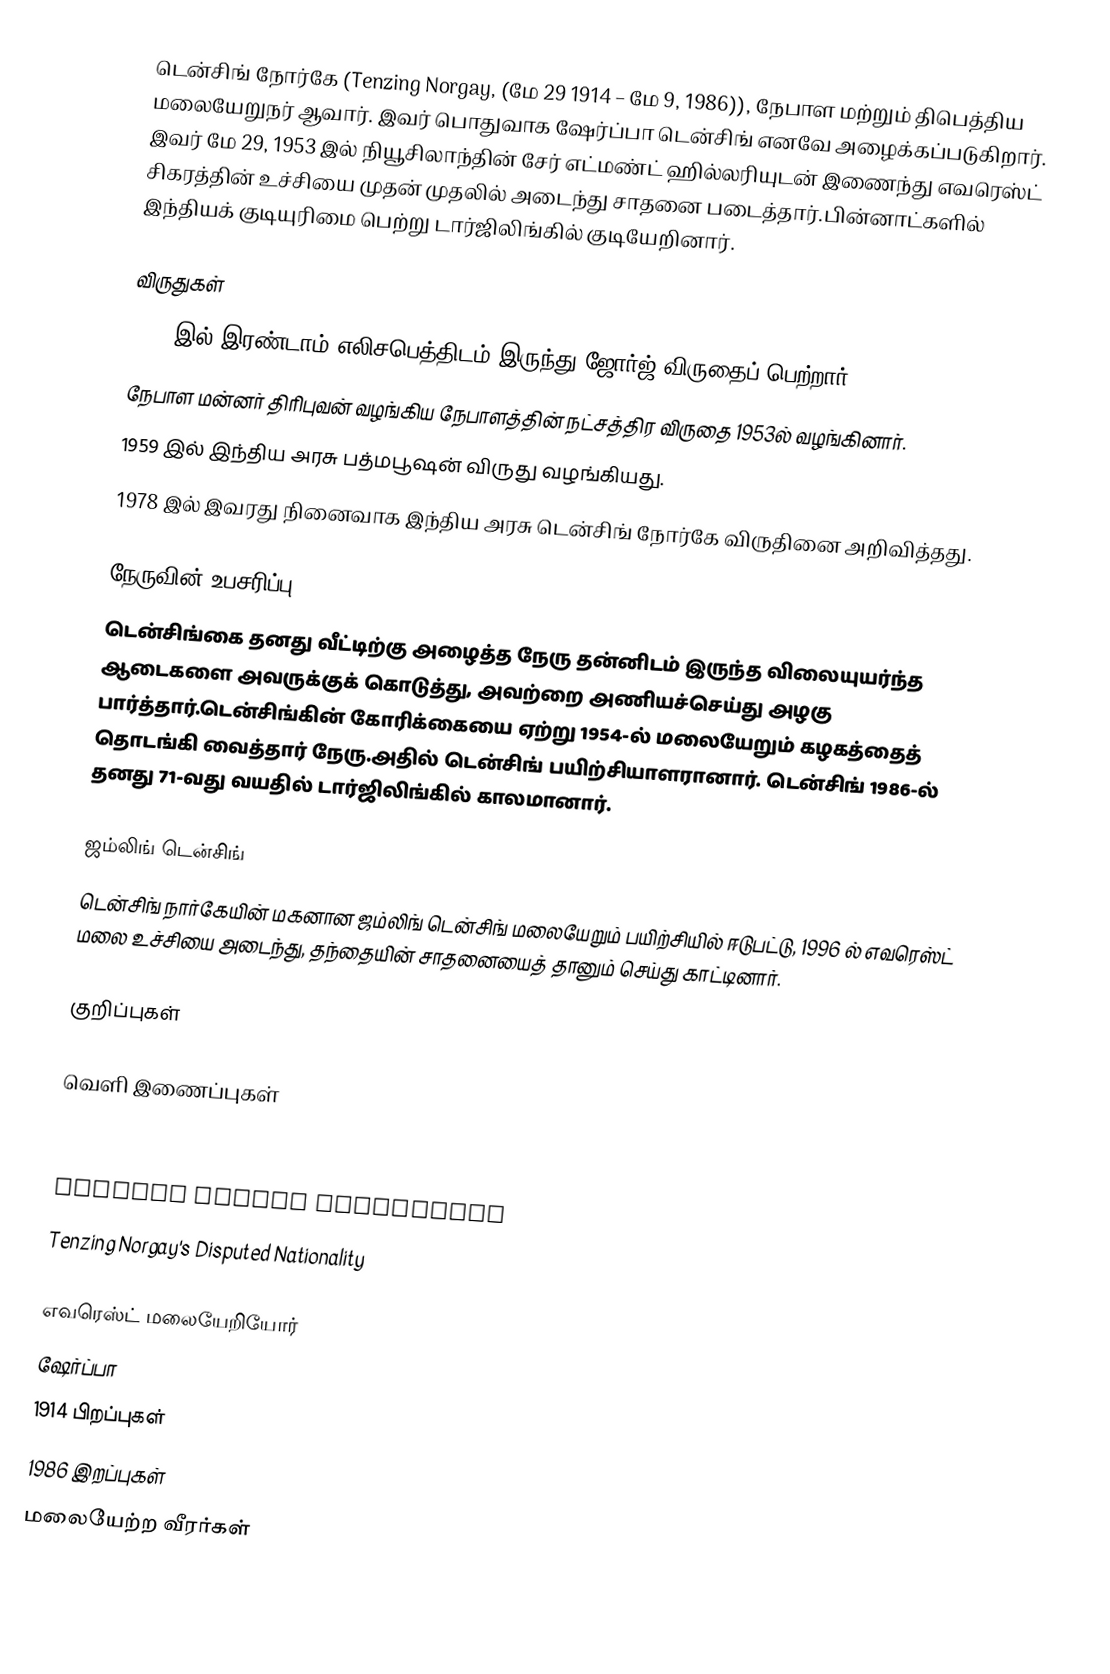
டென்சிங் நோர்கே (Tenzing Norgay, (மே 29 1914 – மே 9, 1986)), நேபாள மற்றும் திபெத்திய மலையேறுநர் ஆவார். இவர் பொதுவாக ஷேர்ப்பா டென்சிங் எனவே அழைக்கப்படுகிறார். இவர் மே 29, 1953 இல் நியூசிலாந்தின் சேர் எட்மண்ட் ஹில்லரியுடன் இணைந்து எவரெஸ்ட் சிகரத்தின் உச்சியை முதன் முதலில் அடைந்து சாதனை படைத்தார்.பின்னாட்களில் இந்தியக் குடியுரிமை பெற்று டார்ஜிலிங்கில் குடியேறினார்.

விருதுகள்
 1953 இல் இரண்டாம் எலிசபெத்திடம் இருந்து ஜோர்ஜ் விருதைப் பெற்றார்.
 நேபாள மன்னர்  திரிபுவன் வழங்கிய நேபாளத்தின் நட்சத்திர விருதை 1953ல் வழங்கினார்.
 1959 இல் இந்திய அரசு பத்மபூஷன் விருது வழங்கியது.
 1978 இல் இவரது நினைவாக இந்திய அரசு டென்சிங் நோர்கே விருதினை அறிவித்தது.

நேருவின் உபசரிப்பு
டென்சிங்கை தனது வீட்டிற்கு அழைத்த நேரு தன்னிடம் இருந்த விலையுயர்ந்த ஆடைகளை அவருக்குக் கொடுத்து, அவற்றை அணியச்செய்து அழகு பார்த்தார்.டென்சிங்கின் கோரிக்கையை ஏற்று 1954-ல் மலையேறும் கழகத்தைத் தொடங்கி வைத்தார் நேரு.அதில் டென்சிங் பயிற்சியாளரானார். டென்சிங் 1986-ல் தனது 71-வது வயதில் டார்ஜிலிங்கில் காலமானார்.

ஜம்லிங் டென்சிங்
டென்சிங் நார்கேயின் மகனான ஜம்லிங் டென்சிங் மலையேறும் பயிற்சியில் ஈடுபட்டு, 1996 ல் எவரெஸ்ட் மலை உச்சியை அடைந்து, தந்தையின் சாதனையைத் தானும் செய்து காட்டினார்.

குறிப்புகள்

வெளி இணைப்புகள்
 Article  on Tenzing from Royal Geographical Society
 Entry from people database
 Tenzing Norgay Adventures
   Tenzing Norgay's Disputed Nationality

எவரெஸ்ட் மலையேறியோர்
ஷேர்ப்பா
1914 பிறப்புகள்
1986 இறப்புகள்
மலையேற்ற வீரர்கள்